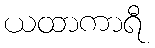
ယထာကာရီ